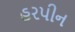
હરપીન